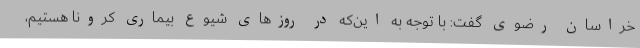
خراسان رضوی گفت: با توجه به این‌که در روزهای شیوع بیماری کرونا هستیم،